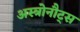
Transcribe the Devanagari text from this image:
अस्त्रोनौट्स